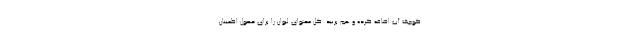
کوچک آب اضافه کرده و هم بزنید. کل محتوای لیوان را برای حصول اطمینان